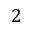
2